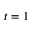
t = 1